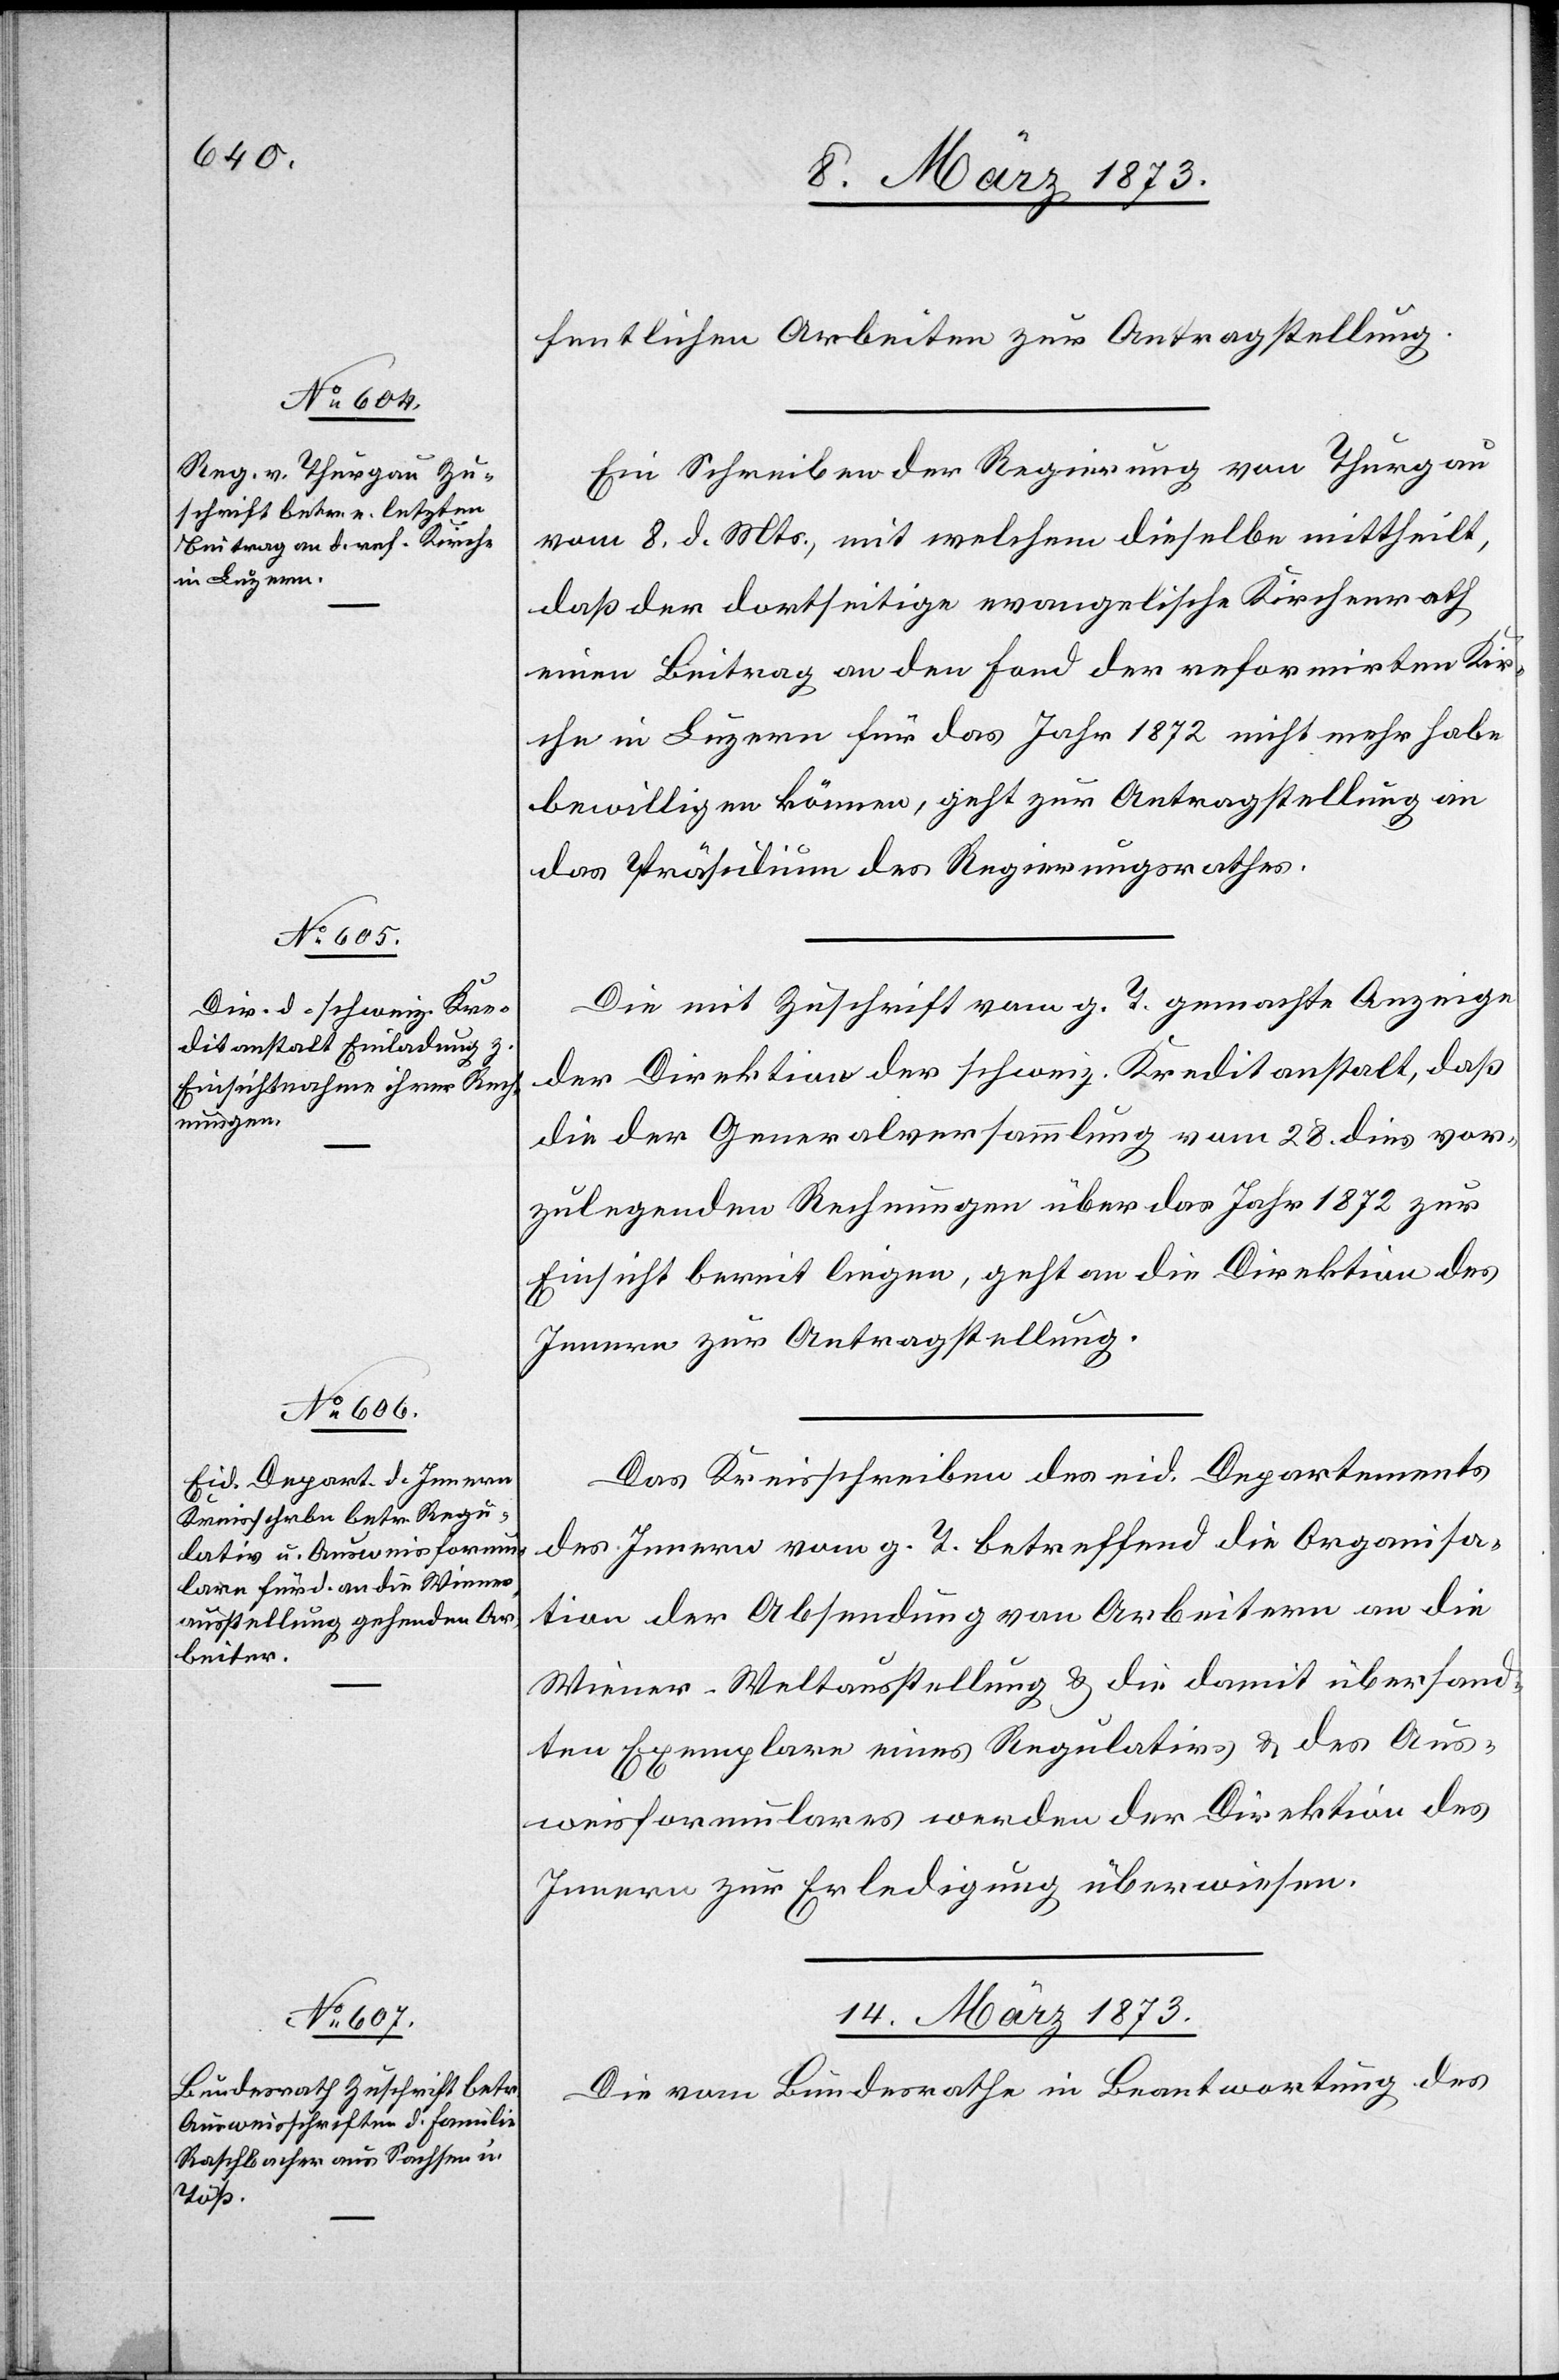
12. März 1873.]
fentlichen Arbeiten zur Antragstellung.
Ein Schreiben der Regierung von Thurgau
vom 8. d. Mts., mit welchem dieselbe mittheilt,
daß der dortige evangelische Kirchenrath
einen Beitrag an den Fond der reformirten Kir¬
che in Luzern für das Jahr 1872 nicht mehr habe
bewilligen können, geht zur Antragstellung an
das Präsidium des Regierungsrathes.
Die mit Zuschrift vom g. T. gemachte Anzeige
der Direktion der schweiz. Kreditanstalt, daß
die der Generalversammlung vom 28. dies vor¬
zulegenden Rechnungen über das Jahr 1872 zur
Einsicht bereit liegen, geht an die Direktion des
Innern zur Antragstellung.
Das Kreisschreiben des eid. Departements
des Innern vom g. T. betreffend die Organisa¬
tion der Absendung von Arbeitern an die
Wiener-Weltausstellung u. die damit übersand¬
ten Exemplare eines Regulativs u. des Aus¬
weisformulares werden der Direktion des
Innern zur Erledigung überwiesen.
14. März 1873.
Die vom Bundesrath in Beantwortung des